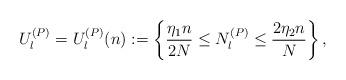
LaTeX: \begin{align*}U^{(P)}_l = U^{(P)}_l(n) := \left\{\frac{\eta_1 n}{2N} \leq N^{(P)}_l \leq \frac{2\eta_2 n}{N}\right\},\end{align*}